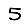
Digit: 5